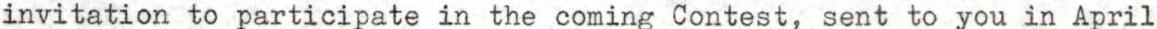
invitation to participate in the coming Contest, sent to you in April